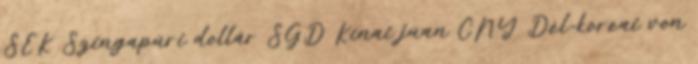
SEK Szingapúri dollár SGD Kínai jüan CNY Dél-koreai von